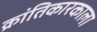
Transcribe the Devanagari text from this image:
क्रांतिकारकाला